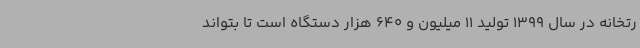
رتخانه در سال 1399 تولید 11 میلیون و 640 هزار دستگاه است تا بتواند